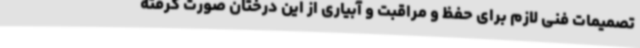
تصمیمات فنی لازم برای حفظ و مراقبت و آبیاری از این درختان صورت گرفته